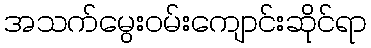
အသက်မွေးဝမ်းကျောင်းဆိုင်ရာ